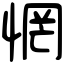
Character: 惘